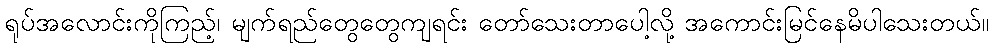
ရုပ်အလောင်းကိုကြည့်၊ မျက်ရည်တွေတွေကျရင်း တော်သေးတာပေါ့လို့ အကောင်းမြင်နေမိပါသေးတယ်။